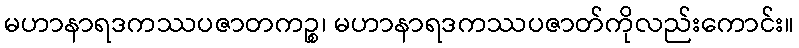
မဟာနာရဒကဿပဇာတကဉ္စ၊ မဟာနာရဒကဿပဇာတ်ကိုလည်းကောင်း။